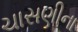
ચાસણીના